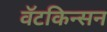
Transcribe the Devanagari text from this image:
वॅटकिन्सन